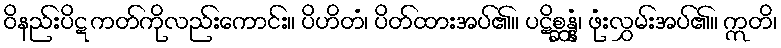
ဝိနည်းပိဋကတ်ကိုလည်းကောင်း။ ပိဟိတံ၊ ပိတ်ထားအပ်၏။ ပဋိစ္ဆန္နံ၊ ဖုံးလွှမ်းအပ်၏။ ဣတိ၊